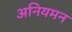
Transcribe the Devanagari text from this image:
अनियमन